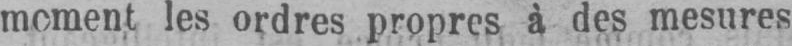
moment les ordres propres à des mesures